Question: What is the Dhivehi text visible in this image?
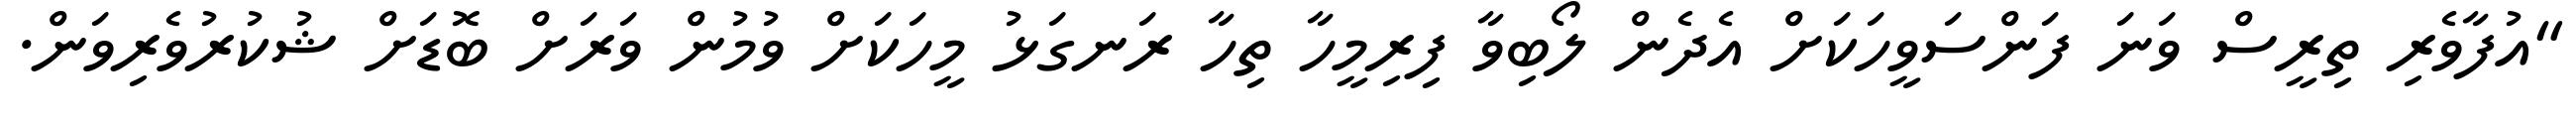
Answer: "އުފާވެރި ތިރީސް ވަނަ ފަންސަވީހަކަށް އެދެން ލޯބިވާ ފިރިމީހާ ތިހާ ރަނގަޅު މީހަކަށް ވުމުން ވަރަށް ބޮޑަށް ޝުކުރުވެރިވަން.